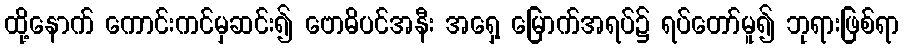
ထို့နောက် ကောင်းကင်မှဆင်း၍ ဗောဓိပင်အနီး အရှေ့ မြောက်အရပ်၌ ရပ်တော်မူ၍ ဘုရားဖြစ်ရာ